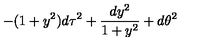
- ( 1 + y ^ { 2 } ) d \tau ^ { 2 } + { \frac { d y ^ { 2 } } { 1 + y ^ { 2 } } } + d \theta ^ { 2 }